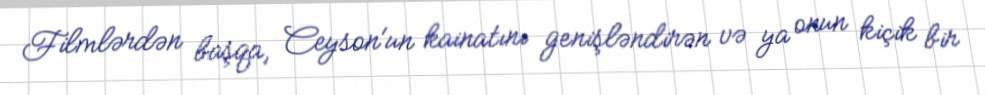
Filmlərdən başqa, Ceyson'un kainatını genişləndirən və ya onun kiçik bir